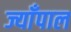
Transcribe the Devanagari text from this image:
ज्याँपाल